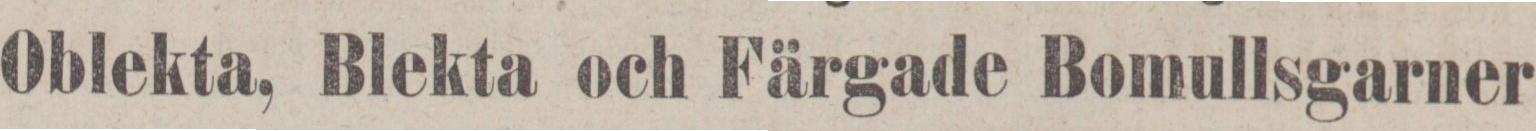
Oblekta, Blekta och Färgade Bomullsgarner